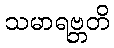
သမာရဗ္ဘတိ